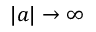
| a | \to \infty